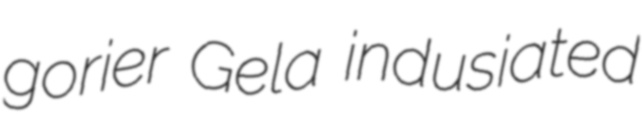
gorier Gela indusiated